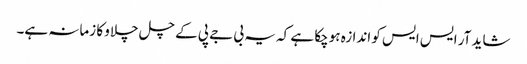
شاید آر ایس ایس کو اندازہ ہوچکا ہے کہ یہ بی جے پی کے چل چلاو کا زمانہ ہے۔